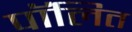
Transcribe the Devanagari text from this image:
पॉलित